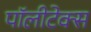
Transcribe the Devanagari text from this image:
पॉलीटेक्स